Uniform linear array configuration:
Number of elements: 48
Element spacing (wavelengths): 0.75
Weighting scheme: blackman
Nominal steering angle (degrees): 45
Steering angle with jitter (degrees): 43.706
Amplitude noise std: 0.05
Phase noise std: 0.05

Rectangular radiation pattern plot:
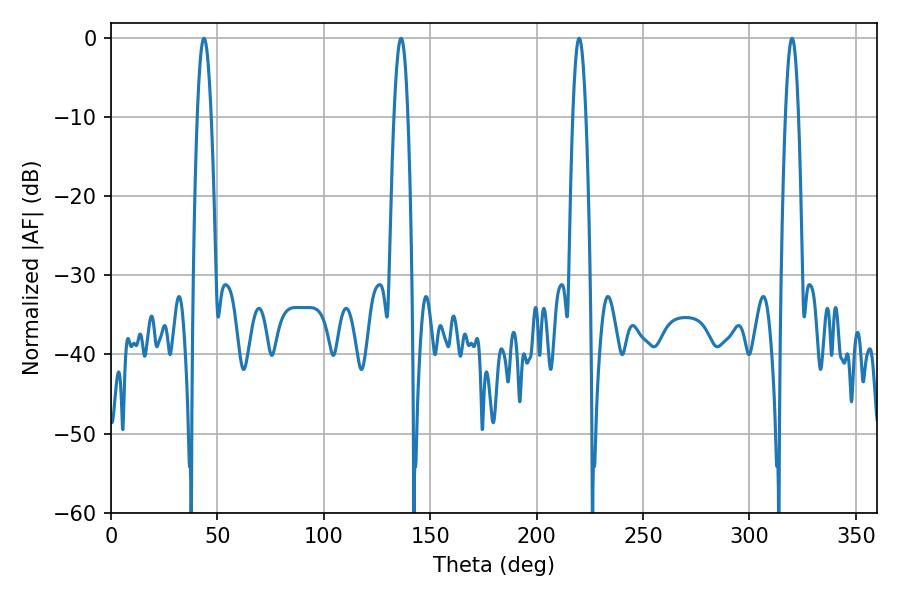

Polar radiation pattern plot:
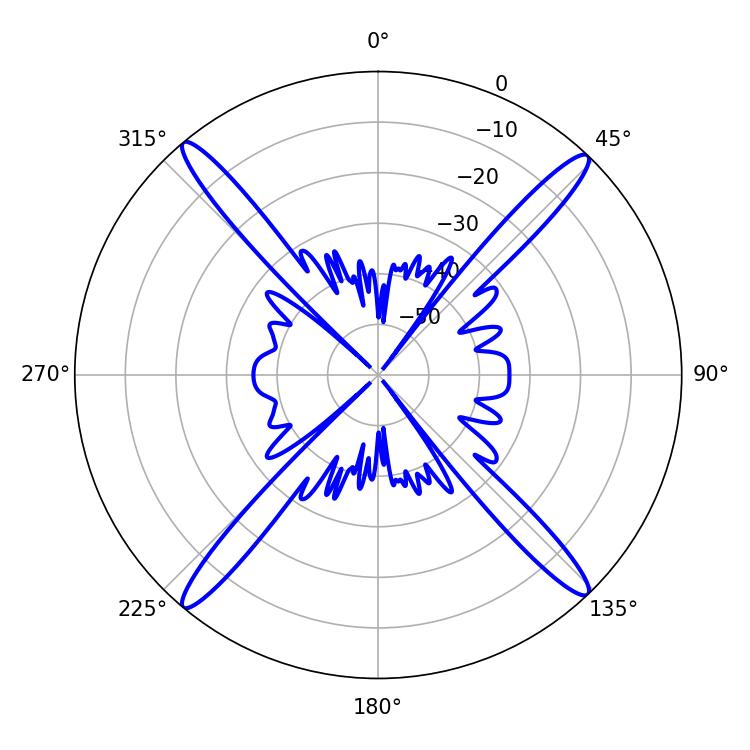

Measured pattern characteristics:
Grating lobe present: TRUE
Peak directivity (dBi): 22.347
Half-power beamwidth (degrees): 3.24
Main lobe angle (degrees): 219.96